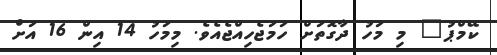
ކޭމްޕު" މި މަހު ދާގޮތަށް ހަމަޖެހިއްޖެއެވެ. މިމަހު 14 އިން 16 އަށް